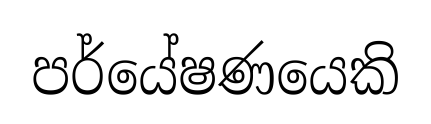
පර්යේෂණයෙකි